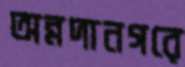
অন্নদানগরে